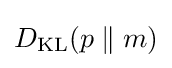
D_{\text{KL}}(p\parallel m)